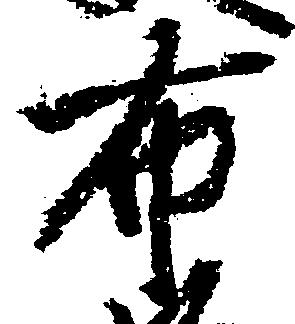
布